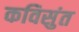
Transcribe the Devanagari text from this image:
कविसुंत